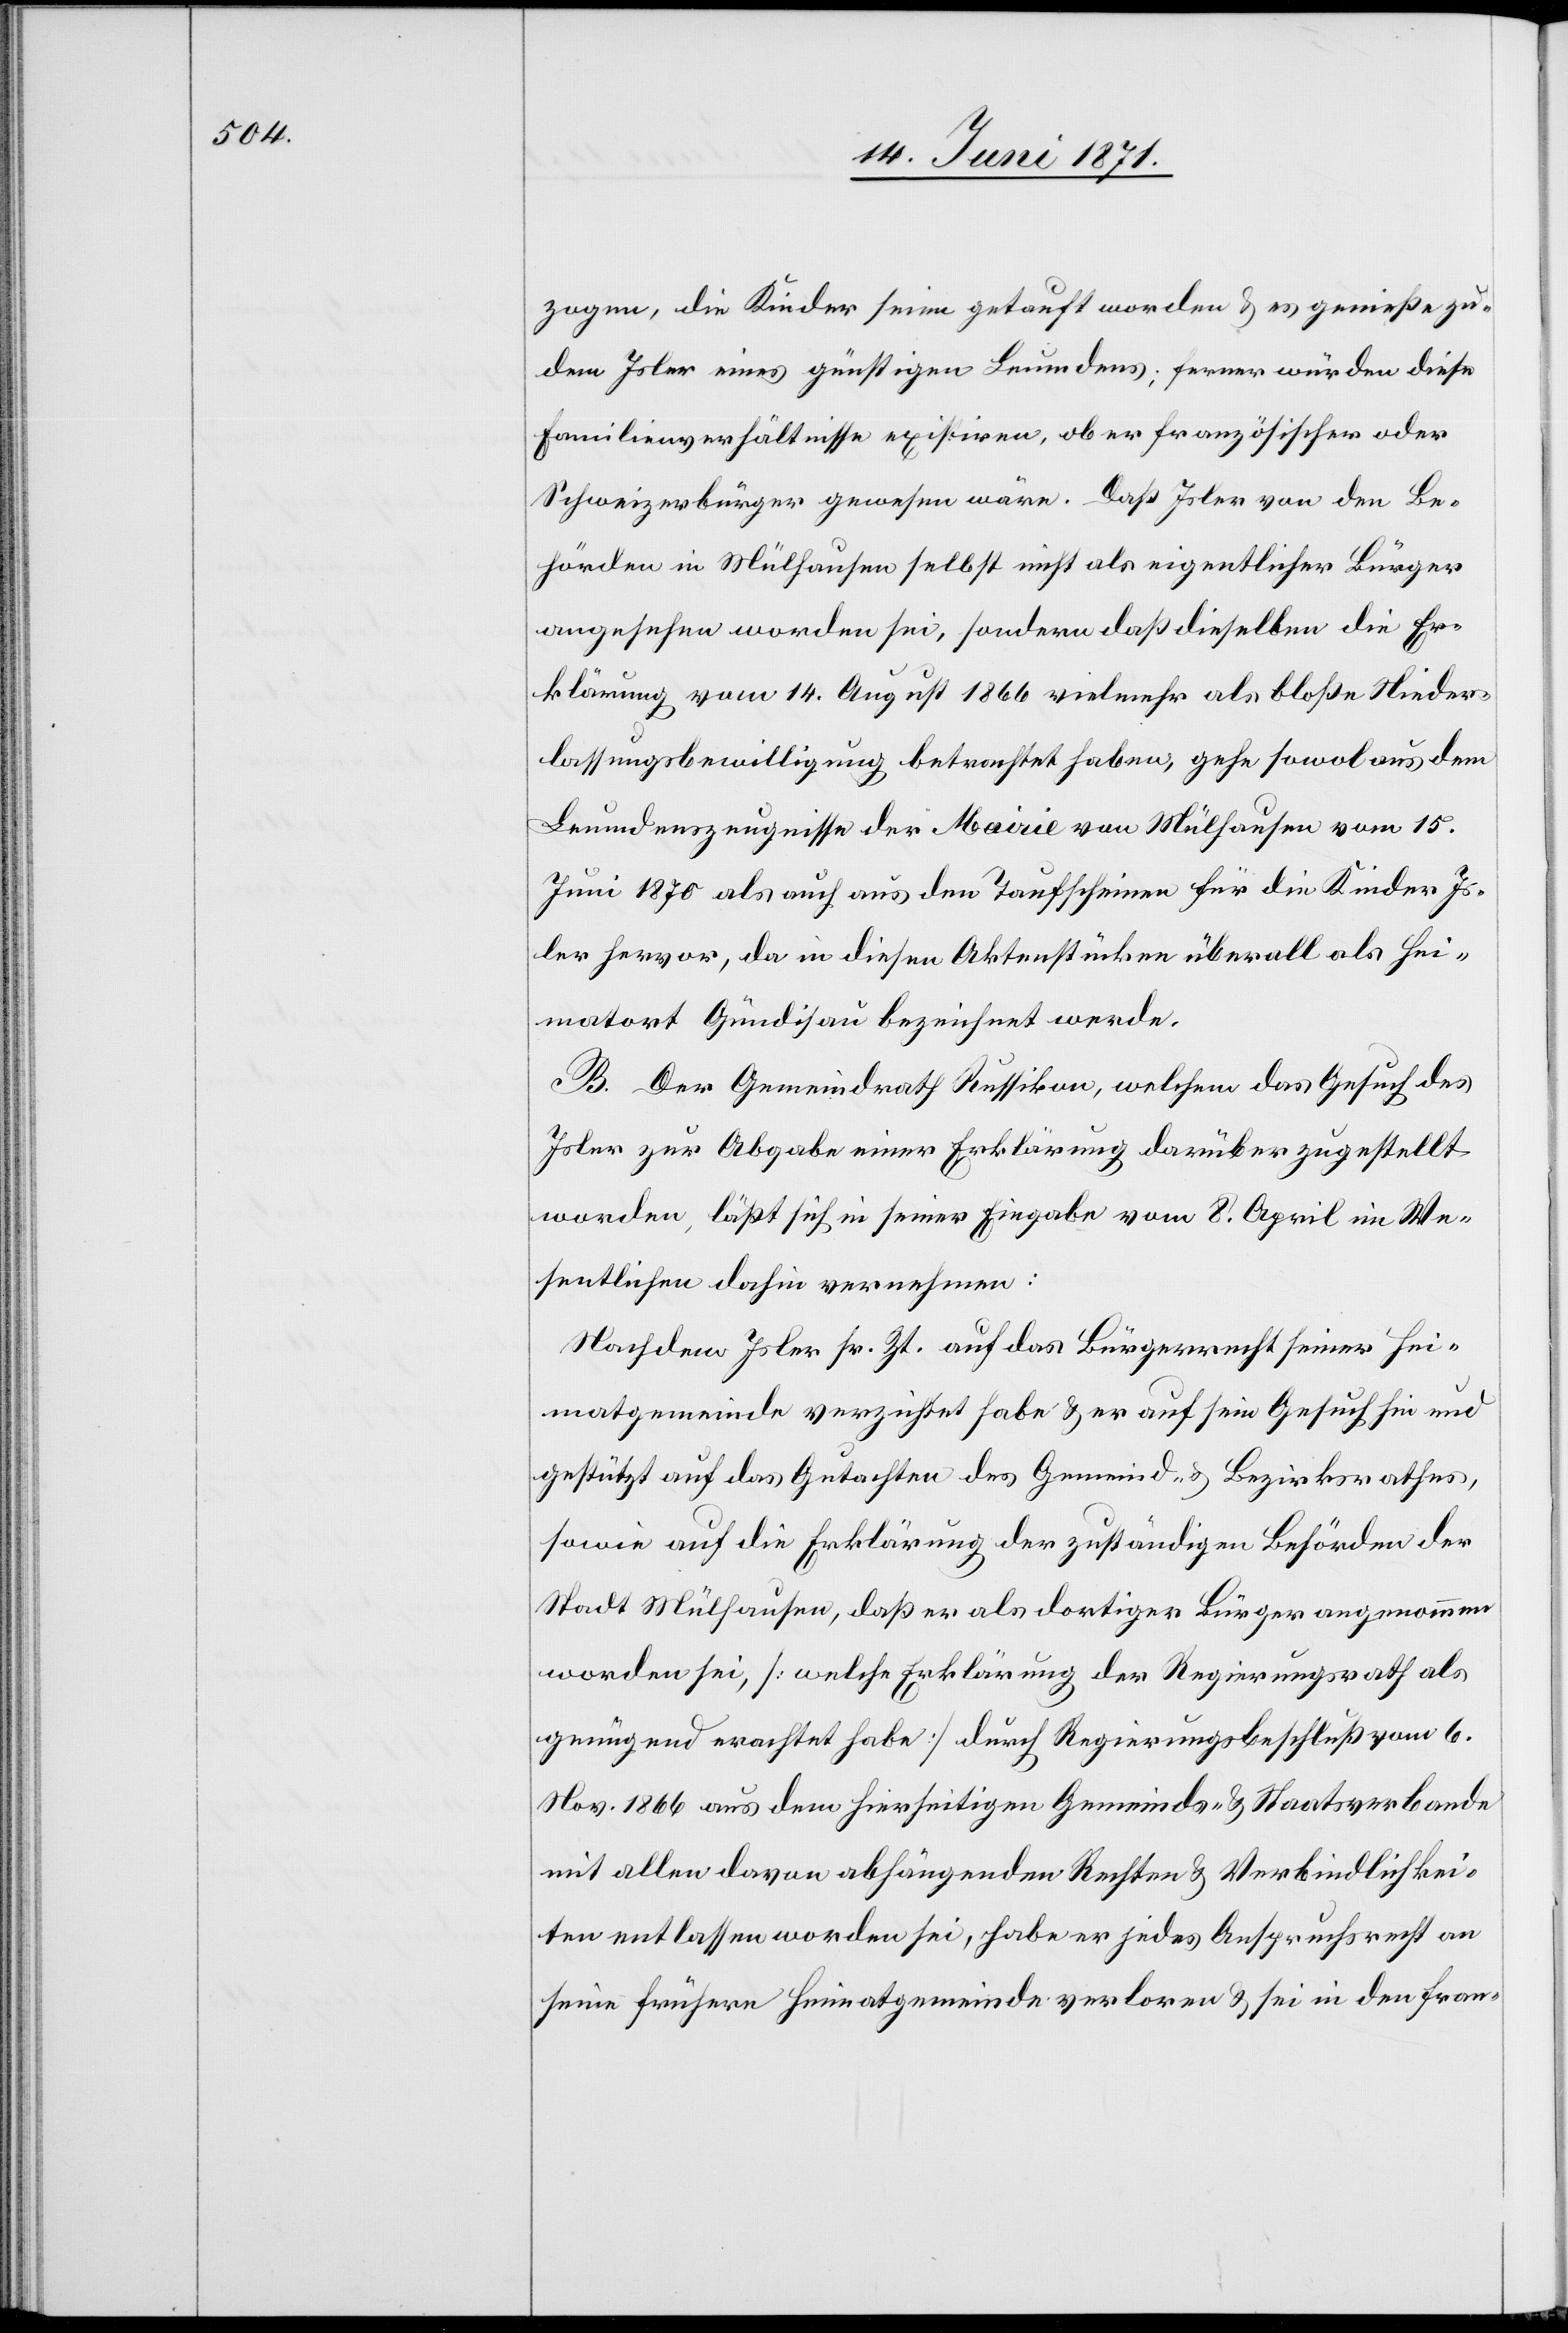
zogen, die Kinder seien getauft worden u. es genieße zu¬
dem Isler eines günstigen Leumdens; ferner würden diese
Familienverhältnisse existiren, ob er französischer oder
Schweizerbürger gewesen wäre. Daß Isler von den Be¬
hörden in Mühlhausen selbst nicht als eigentlicher Bürger
angesehen worden sei, sondern daß dieselben die Er¬
klärung vom 14. August 1866 vielmehr als bloße Nieder¬
lassungsbewilligung betrachtet haben, gehe sowol aus dem
Leumdenzeugnisse der Mairie von Mülhausen vom 15.
Juni 1870 als auch aus den Taufscheinen für die Kinder Is¬
ler hervor, da in diesen Aktenstücken überall als Hei¬
matort Gündisau bezeichnet werde.
B. Der Gemeindrath Russikon, welchem das Gesuch des
Isler zur Abgabe einer Erklärung darüber zugestellt
worden, läßt sich in seiner Eingabe vom 8. April im We¬
sentlichen dahin vernehmen:
Nachdem Isler sr. Zt. auf das Bürgerrecht seiner Hei¬
matgemeinde verzichtet habe u. er auf sein Gesuch hin und
gestützt auf das Gutachten des Gemeind- u. Bezirksrathes,
sowie auf die Erklärung der zuständigen Behörden der
Stadt Mülhausen, daß er als dortiger Bürger angenommen
worden sei, [welche Erklärung der Regierungsrath als
genügend erachtet habe] durch Regierungsbeschluß vom 6.
Nov. 1866 aus dem hierseitigen Gemeinds- u. Staatsverbande
mit allen davon abhängenden Rechten u. Verbindlichkei¬
ten entlassen worden sei, habe er jedes Anspruchsrecht an
seine frühere Heimatgemeinde verloren u. sei in den fran-